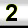
Digit: 2